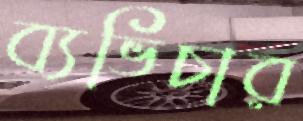
ব্যভিচার